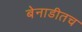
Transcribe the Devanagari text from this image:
बेनाडीतच